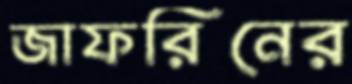
জাফরিনের